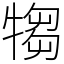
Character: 犓